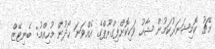
މެޗު ކޮމިޝަނަރުކަމުން ޝާހު ވަކިކޮށްފިގްރޫޕްގެ އެއްވަނަ ހޯދުން މުހިއްމު: ބެނިޓޭޒް